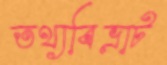
তথ্যবিভ্রাট